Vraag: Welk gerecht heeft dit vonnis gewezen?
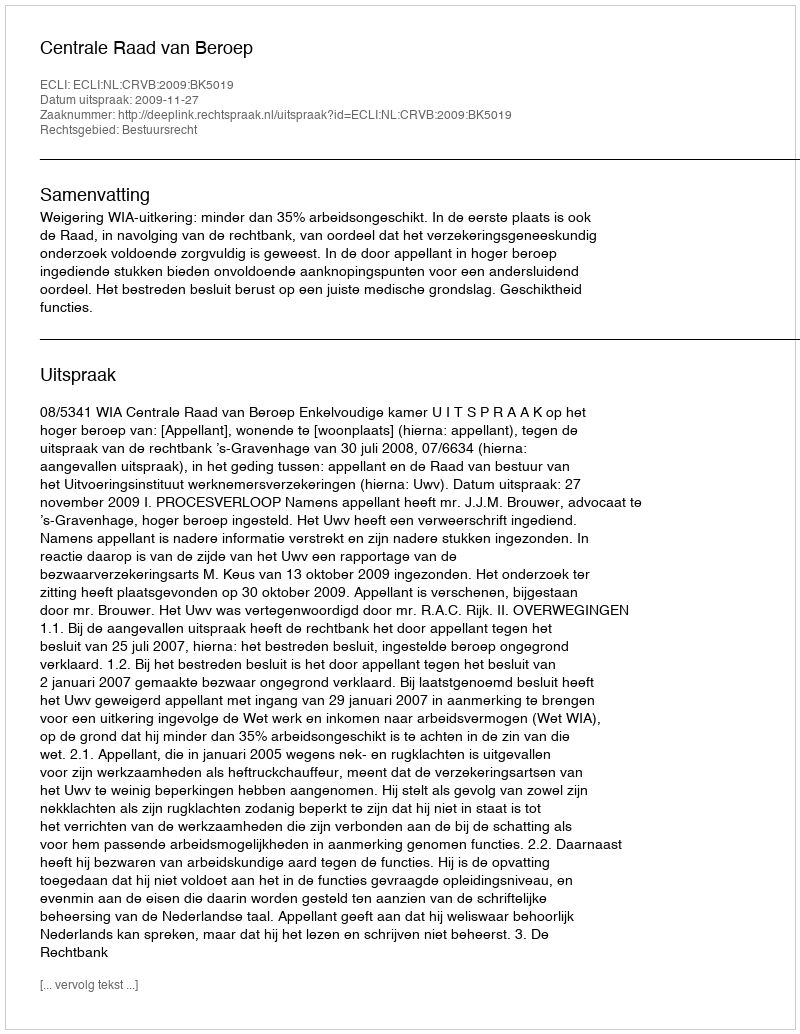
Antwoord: Centrale Raad van Beroep